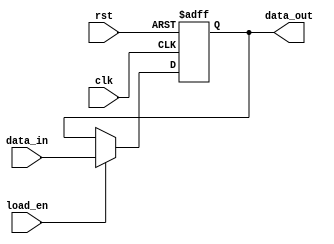
module control_register #(
    parameter N = 8  // Parameter for width of the control register
)(
    input wire clk,          // Clock signal
    input wire rst,          // Asynchronous reset signal
    input wire [N-1:0] data_in, // Data input for control signals
    input wire load_en,      // Load enable signal
    output reg [N-1:0] data_out // Current value stored in the control register
);

    // Asynchronous reset and synchronous loading
    always @(posedge clk or posedge rst) begin
        if (rst) begin
            data_out <= {N{1'b0}}; // Initialize to all zeros
        end else if (load_en) begin
            data_out <= data_in; // Load new data
        end
        // If neither reset nor load_en are asserted, retain current value
    end

endmodule